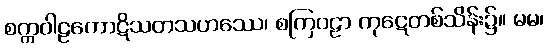
စက္ကဝါဠကောဋိသတသဟဿေ၊ စကြဝဠာ ကုဋေတစ်သိန်း၌။ မမ၊